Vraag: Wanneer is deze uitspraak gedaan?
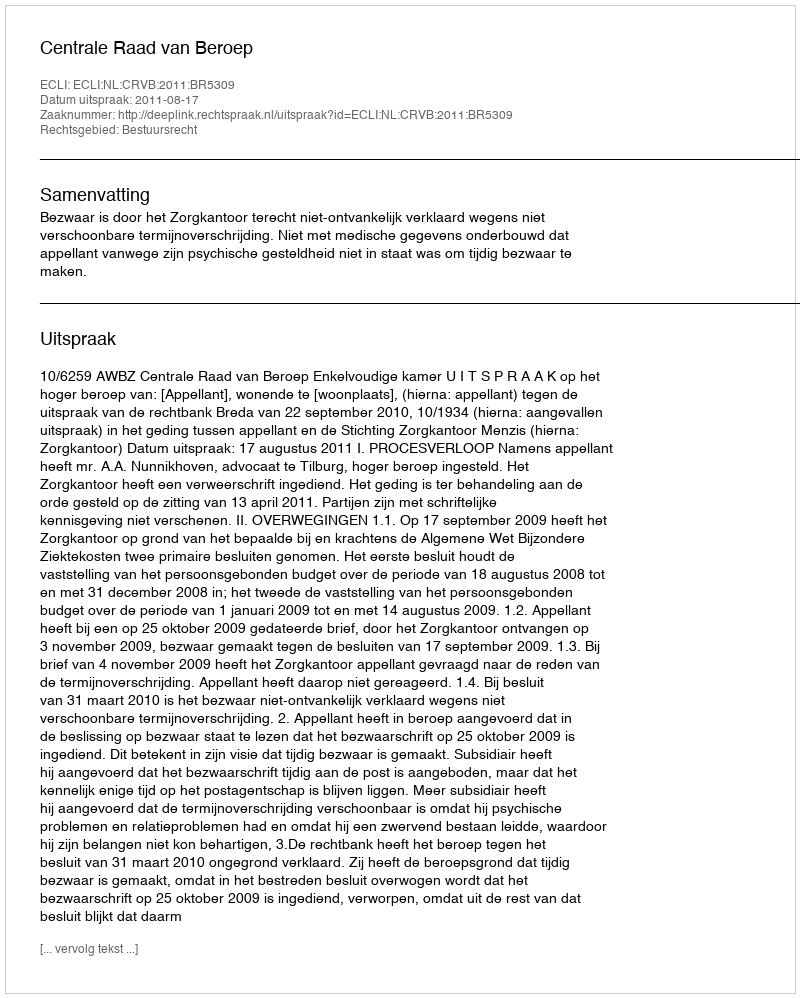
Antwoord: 2011-08-17